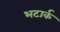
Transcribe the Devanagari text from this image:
भटार्क